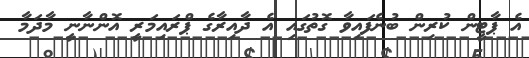
އެ ޕާޓީން ކުރިން ބުނެފައިވާ ގޮތުގައި އެ ދާއިރާގެ ޕްރައިމަރީ އޮންނާނީ މާދަމާ